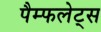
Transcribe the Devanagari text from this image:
पैम्फलेट्स